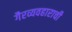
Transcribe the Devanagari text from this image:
गैरव्यवहाराची